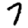
Digit: 7